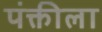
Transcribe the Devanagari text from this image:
पंक्तीला